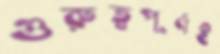
গুরুত্বপূর্ণই